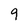
Character: 9